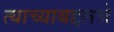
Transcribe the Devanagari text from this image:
त्याच्याबद्दलचे